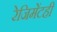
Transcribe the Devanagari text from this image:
रेजिमेंटही